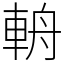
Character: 輈